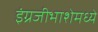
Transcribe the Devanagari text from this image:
इंग्रजीभाशेमध्ये